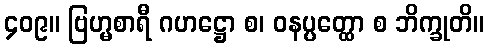
၄၀၉။ ဗြဟ္မစာရီ ဂဟဋ္ဌော စ၊ ဝနပ္ပတ္ထော စ ဘိက္ခုတိ။